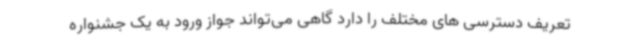
تعریف دسترسی های مختلف را دارد گاهی می‌تواند جواز ورود به یک جشنواره